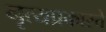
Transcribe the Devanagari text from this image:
नृत्यप्रकारचे